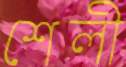
শেলী